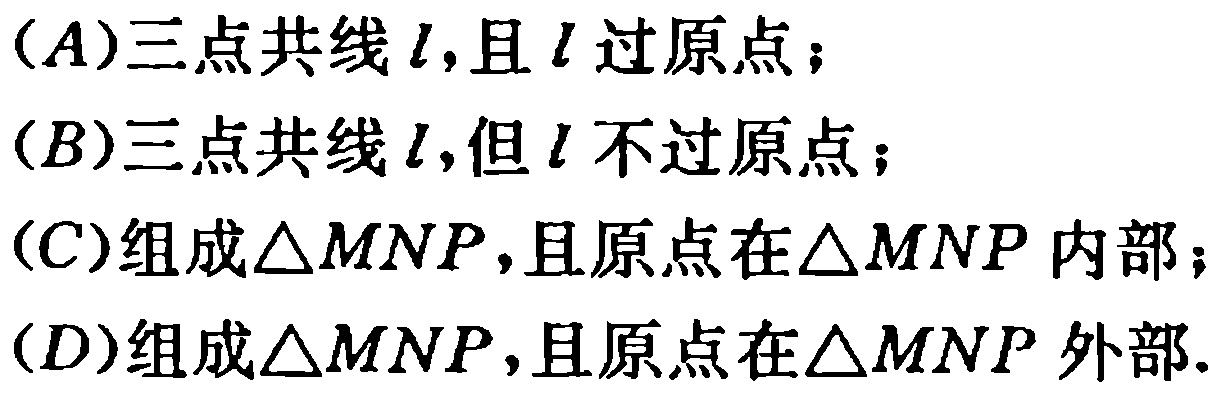
(A)三点共线\(l\)，且\(l\)过原点；

(B)三点共线\(l\)，但\(l\)不过原点；

(C)组成\(\triangle MNP\)，且原点在\(\triangle MNP\)内部；

(D)组成\(\triangle MNP\)，且原点在\(\triangle MNP\)外部.